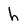
Character: h